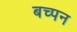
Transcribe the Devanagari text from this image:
बच्पन